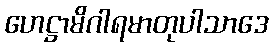
ဟေဋ္ဌာမိဂါရမာတုပါသာဒေ